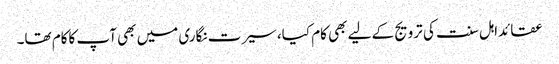
عقائداہل سنت کی ترویج کے لیے بھی کام کیا، سیرت نگاری میں بھی آپ کاکام تھا۔